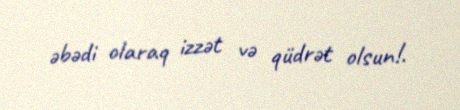
əbədi olaraq izzət və qüdrət olsun!.